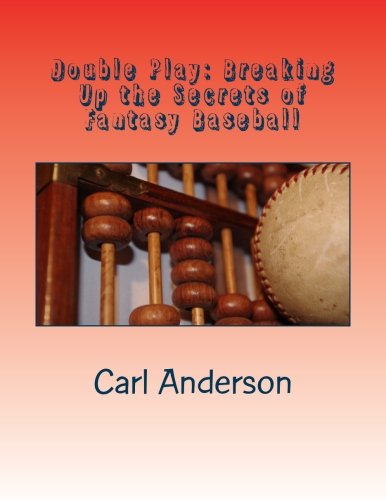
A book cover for Double Play: Breaking Up the Myths of Fantasy Baseball; Carl Anderson; Humor & Entertainment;